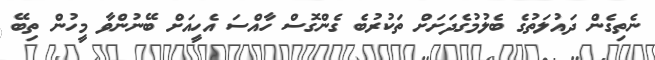
ނެތިގެން ދައުލަތުގެ ބެލުމުގެދަށަށް ތަކުރުބެ ގެންގޮސް ހާއްސަ އެެހީއަށް ބޭނުންވާ މީހުން ތިބޭ